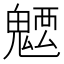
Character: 𩳭